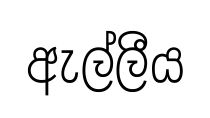
ඇල්ලීය